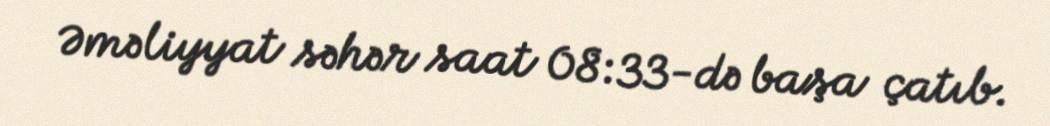
Əməliyyat səhər saat 08:33-də başa çatıb.